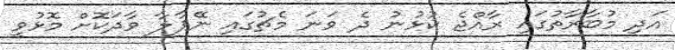
އަދި މުބާރާތުގައި ރާއްޖެ ކުޅުނު ދެ ވަނަ މެޗުގައި ނޭޕާލާ ވާދަކޮށް މޮޅުވީ